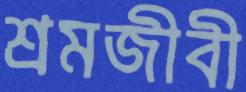
শ্রমজীবী